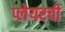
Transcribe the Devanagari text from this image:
प्लेयरची